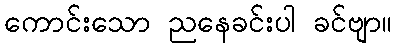
ကောင်းသော ညနေခင်းပါ ခင်ဗျာ။